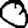
Digit: 0